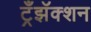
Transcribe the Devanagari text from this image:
ट्रँझॅक्शन